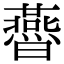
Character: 㬫